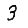
Digit: 3